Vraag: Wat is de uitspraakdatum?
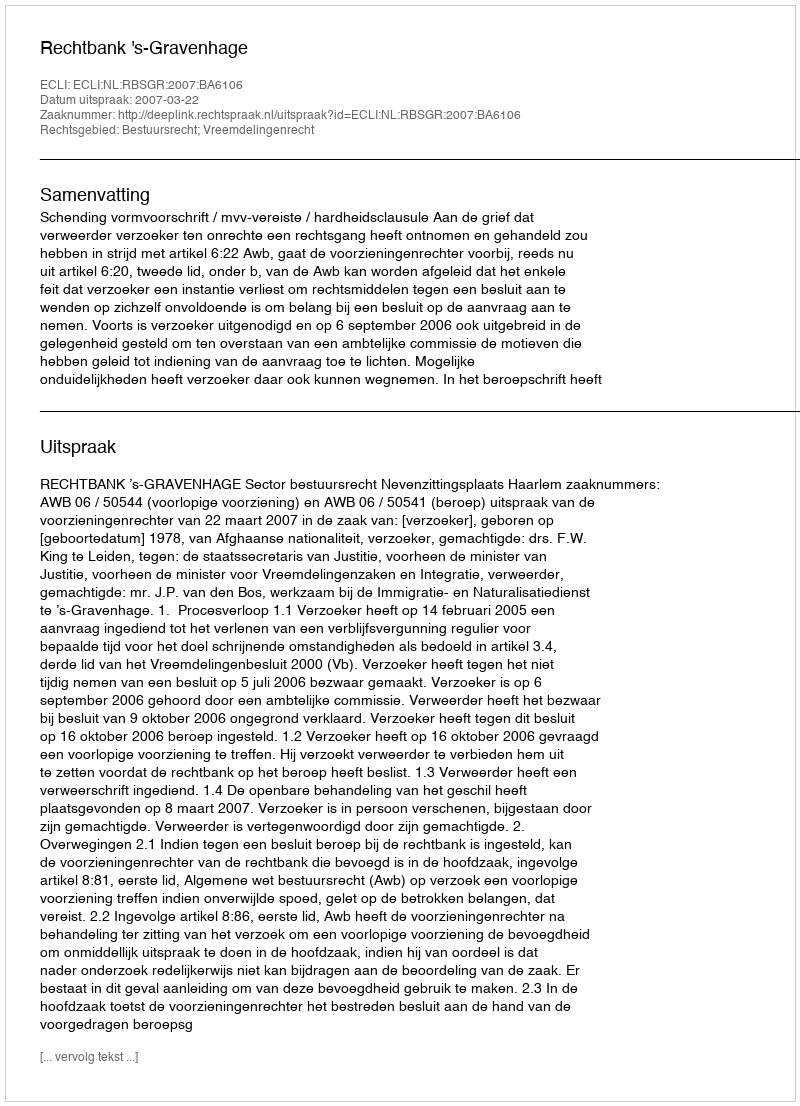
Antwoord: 2007-03-22